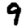
Digit: 9